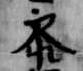
参